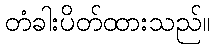
တံခါးပိတ်ထားသည်။